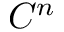
C ^ { n }